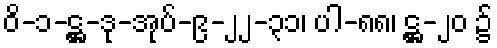
ဝိ-၁-ဋ္ဌ-ဒု-အုပ်-၉-၂၂-၃၁၊ ပါ-၈၈၊ ဋ္ဌ-၂၀ ၌